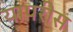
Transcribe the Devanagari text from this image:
यापरीस